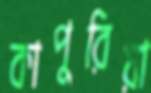
কাপুরিয়া